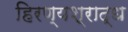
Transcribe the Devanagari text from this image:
हिरण्यश्राद्ध